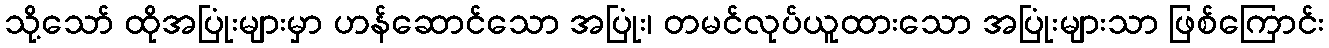
သို့သော် ထိုအပြုံးများမှာ ဟန်ဆောင်သော အပြုံး၊ တမင်လုပ်ယူထားသော အပြုံးများသာ ဖြစ်ကြောင်း